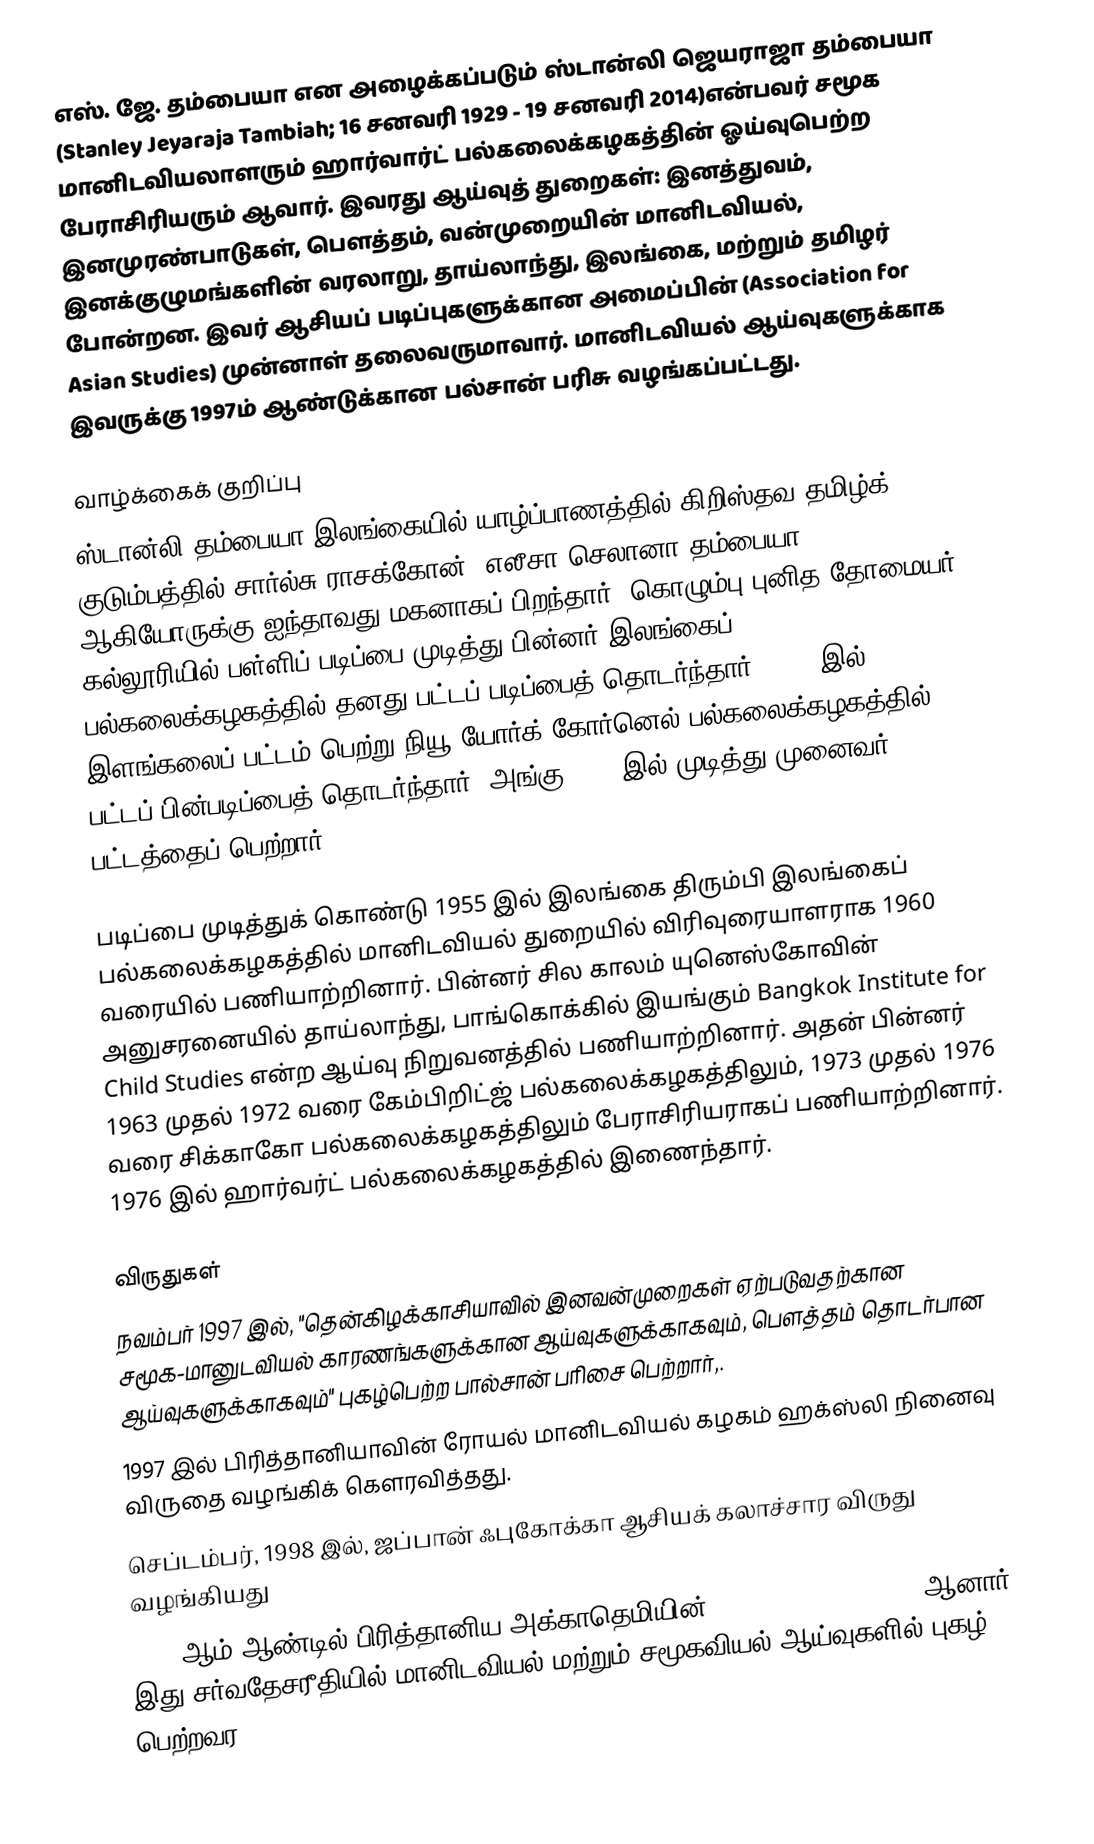
எஸ். ஜே. தம்பையா என அழைக்கப்படும் ஸ்டான்லி ஜெயராஜா தம்பையா (Stanley Jeyaraja Tambiah; 16 சனவரி 1929 - 19 சனவரி 2014)என்பவர் சமூக மானிடவியலாளரும் ஹார்வார்ட் பல்கலைக்கழகத்தின் ஓய்வுபெற்ற பேராசிரியரும் ஆவார். இவரது ஆய்வுத் துறைகள்: இனத்துவம், இனமுரண்பாடுகள், பௌத்தம், வன்முறையின் மானிடவியல், இனக்குழுமங்களின் வரலாறு, தாய்லாந்து, இலங்கை, மற்றும் தமிழர் போன்றன. இவர் ஆசியப் படிப்புகளுக்கான அமைப்பின் (Association for Asian Studies) முன்னாள் தலைவருமாவார். மானிடவியல் ஆய்வுகளுக்காக இவருக்கு 1997ம் ஆண்டுக்கான பல்சான் பரிசு வழங்கப்பட்டது.

வாழ்க்கைக் குறிப்பு
ஸ்டான்லி தம்பையா இலங்கையில் யாழ்ப்பாணத்தில் கிறிஸ்தவ தமிழ்க் குடும்பத்தில் சார்ல்சு ராசக்கோன், எலீசா செலானா தம்பையா ஆகியோருக்கு ஐந்தாவது மகனாகப் பிறந்தார். கொழும்பு புனித தோமையர் கல்லூரியில் பள்ளிப் படிப்பை முடித்து பின்னர் இலங்கைப் பல்கலைக்கழகத்தில் தனது பட்டப் படிப்பைத் தொடர்ந்தார். 1951 இல் இளங்கலைப் பட்டம் பெற்று நியூ யோர்க் கோர்னெல் பல்கலைக்கழகத்தில் பட்டப் பின்படிப்பைத் தொடர்ந்தார். அங்கு 1954 இல் முடித்து முனைவர் பட்டத்தைப் பெற்றார்.

படிப்பை முடித்துக் கொண்டு 1955 இல் இலங்கை திரும்பி இலங்கைப் பல்கலைக்கழகத்தில் மானிடவியல் துறையில் விரிவுரையாளராக 1960 வரையில் பணியாற்றினார். பின்னர் சில காலம் யுனெஸ்கோவின் அனுசரனையில் தாய்லாந்து, பாங்கொக்கில் இயங்கும் Bangkok Institute for Child Studies என்ற ஆய்வு நிறுவனத்தில் பணியாற்றினார். அதன் பின்னர் 1963 முதல் 1972 வரை கேம்பிறிட்ஜ் பல்கலைக்கழகத்திலும், 1973 முதல் 1976 வரை சிக்காகோ பல்கலைக்கழகத்திலும் பேராசிரியராகப் பணியாற்றினார். 1976 இல் ஹார்வர்ட் பல்கலைக்கழகத்தில் இணைந்தார்.

விருதுகள்
 நவம்பர் 1997 இல், "தென்கிழக்காசியாவில் இனவன்முறைகள் ஏற்படுவதற்கான சமூக-மானுடவியல் காரணங்களுக்கான ஆய்வுகளுக்காகவும், பௌத்தம் தொடர்பான ஆய்வுகளுக்காகவும்" புகழ்பெற்ற பால்சான் பரிசை பெற்றார்,.
 1997 இல் பிரித்தானியாவின் ரோயல் மானிடவியல் கழகம் ஹக்ஸ்லி நினைவு விருதை வழங்கிக் கௌரவித்தது.
 செப்டம்பர், 1998 இல், ஜப்பான் ஃபுகோக்கா ஆசியக் கலாச்சார விருது வழங்கியது
 2000 ஆம் ஆண்டில் பிரித்தானிய அக்காதெமியின் Corresponding Fellow ஆனார். இது சர்வதேசரீதியில் மானிடவியல் மற்றும் சமூகவியல் ஆய்வுகளில் புகழ் பெற்றவர